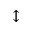
\updownarrow